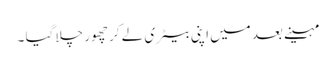
مہینے بعد میں اپنی بیٹری لے کر چھور چلا گیا ۔